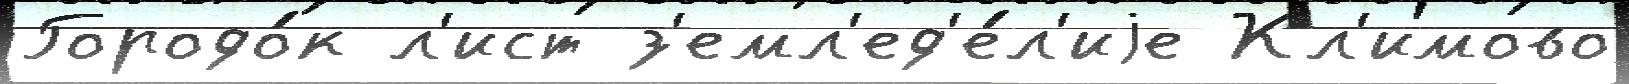
Городо́к л'ист з'емл'ед'е́л'иjе Кл'имово